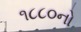
૧૮૮૦નો